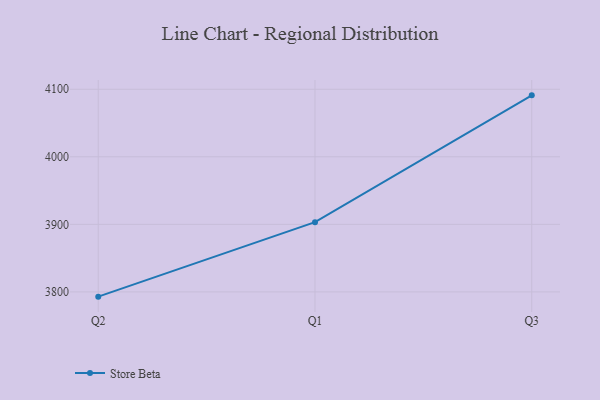
{"axis": {"x": "Quarter", "y": "Satisfaction Score"}, "legend": ["Store Beta"], "data": [{"x": "Q2", "y": 3792.9, "type": "Store Beta"}, {"x": "Q1", "y": 3903.2, "type": "Store Beta"}, {"x": "Q3", "y": 4091.0, "type": "Store Beta"}]}